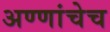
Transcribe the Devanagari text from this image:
अण्णांचेच